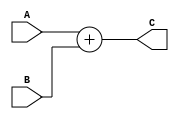
module Adder (input [31:0] A,
              B,
              output [31:0] C);
    assign C = A + B;
endmodule

module ALU(
    input   [31:0]  A,
    input   [31:0]  B,
    input   [3:0]   aluCtl,
    output  [31:0]  C,
    output zero
);
    parameter ADD = 4'b0000;
    parameter SUB = 4'b0010;
    parameter AND = 4'b0100;
    parameter OR  = 4'b0101;
    parameter XOR = 4'b0110;
    parameter SLT = 4'b1010;
    parameter MOVZ = 4'b1011;

    reg [31:0] result;

    always @(*) begin
        case (aluCtl)
            ADD: result = A + B;
            SUB: result = A - B;
            AND: result = A & B;
            OR:  result = A | B;
            XOR: result = A ^ B;
            SLT: result = A < B ? 1 : 0;
            MOVZ: if (B == 0) result = A;
        endcase
    end

    assign C = result;
    assign zero = result == 0 ? 1 : 0;
    
endmodule

module ALUCU(
    input [5:0] func,
    input [1:0] aluOp,
    output reg [3:0] aluCtl
);

always @(*)
    case (aluOp)
        2'b10:   aluCtl <= 4'b0000;
        2'b11:   aluCtl <= 4'b0010;
        default: 
            case (func[5])
                1'b0: aluCtl <= 4'b1011;
                default: aluCtl <= func[3:0];
            endcase
    endcase
endmodule

module Conc (
    input [31:0] nextPC,
    input [25:0] inputAddr,
    output [31:0] jumpAddr
);
    assign jumpAddr = {nextPC[31:26], inputAddr[25:0]};
endmodule

module CU(input [5:0] opcode,
          output branch,
          output jump,
          output regWre,      // write on register file.
          output aluSrc,      // where B input of ALU comes from:
          output dataSrc,     // where data comes from:
          output memRead,
          output memWrite,
          output writeReg,
          output [1:0] aluOp // 10: +, 11: -, default: due to func-code.
          );

    reg [9:0] controls;
    assign {regWre, aluSrc, branch, memRead, memWrite, dataSrc, jump, aluOp, writeReg} = controls;
    always @(*)
        case(opcode)
            // ALU Cal
            6'b000000: controls <= 10'b1000000000;
            // LW
            6'b100011: controls <= 10'b1101010101;
            // SW
            6'b101011: controls <= 10'b0100100101;
            // BEQ
            6'b000100: controls <= 10'b0010000110;
            // J
            6'b000010: controls <= 10'b0000001000;
            // default
            default:   controls <= 10'bxxxxxxxxxx;
        endcase
endmodule

module DataMem (
    input CLK,
    input [31:0] dataIn,
    input readMod,
    input writeMod,
    input [31:0] addr,
    output [31:0] dataOut
);
    reg [31:0] memory [0:255];
    assign dataOut = readMod ? memory[addr >> 2] : 32'bz;

    integer i;
    initial begin
        for (i = 0; i < 256; i = i + 1) begin
            memory[i]  <= i;
        end
    end

    always @(posedge CLK) begin
        if (writeMod) begin
            memory[addr >> 2] = dataIn;
        end
    end
    
endmodule

module EX (input [31:0] imm,
           d1,
           d2,
           input [3:0] mode,
           input [31:0] NPC,
           input [25:0] index,
           input aluSrc,
           output [31:0] jmpAddr,
           bAddr,
           result,
           output zero);
           
    wire [25:0] jmpAddrLefted;
    wire [31:0] B, bOffset;
    SHL2_26 shl_26(.inputData(index), .outputData(jmpAddrLefted));
    MUX mux(.A(d2), .B(imm), .Src(aluSrc), .S(B));
    SHL2 shl_2(.inputData(imm), .outputData(bOffset));
    Adder adder(.A(NPC), .B(bOffset), .C(bAddr));
    Conc conc(.nextPC(NPC), .inputAddr(jmpAddrLefted), .jumpAddr(jmpAddr));
    ALU alu(.A(d1), .B(B), .aluCtl(mode), .C(result), .zero(zero));

endmodule

module ID (input [31:0] IR,
           input CLK,
           input [31:0] writeData,
           input WE, write,
           input [1:0] aluOp,
           output [31:0] A,
           output [31:0] B,
           output [31:0] imm,
           output [5:0] opcode,
           output [3:0] mode,
           output [25:0] index,
           output [4:0] rfAddr);

    wire [31:0] in_A, in_B;
    wire [5:0] funcCode;
    wire [4:0] rs, rt, rd, writeReg;
    wire [15:0] offset;

    InstSlice instSlice(.inst(IR), .op(opcode), .rs(rs), .rt(rt), .rd(rd), .offset(offset), .instIndex(index), .funcCode(funcCode));
    RegFile regFile(.CLK(CLK), .readReg0(rs), .readReg1(rt), .writeReg(writeReg), .writeData(writeData), .WE(WE), .readData0(in_A), .readData1(in_B));
    SigExt sigExt(.inputData(offset), .outputData(imm));
    ALUCU aluCU(.func(funcCode), .aluOp(aluOp), .aluCtl(mode));
    MUX5 mux0(.A(rd), .B(rt), .Src(write), .S(writeReg));


    assign A = in_A;
    assign B = in_B;
    assign rfAddr = writeReg;

endmodule

module MUX5 (
    input [4:0] A, B,
    input Src,  // 0: A, 1: B;
    output [4:0] S
);
    assign S = (Src == 0) ? A : B;
endmodule

module IF (input CLK,
           input [31:0] inputPC,
           input reset,
           output [31:0] NPC,
           output [31:0] IR,
           output [31:0] outputPC);
    
    PC pc(.CLK(CLK), .reset(reset), .inputPC(inputPC), .outputPC(outputPC));
    PCAdder pcAdder(.PC(outputPC), .nextPC(NPC));
    InstMem instMem(.address(outputPC), .data(IR));

endmodule

module InstMem (
    input [31:0] address,
    output [31:0] data
);
    reg [31:0] memory [255:0];

    
    assign data = memory[address[31:2]];   
    
 
    initial begin
        memory[0] <= 32'h8c010004;
        memory[1] <= 32'h8c020008;
        memory[2] <= 32'h00221820;
        memory[3] <= 32'h00222022;
        memory[4] <= 32'h00222824;
        memory[5] <= 32'h00223025;
        memory[6] <= 32'h00223826;
        memory[7] <= 32'h0022402a;
        memory[8] <= 32'hac010008;
        memory[9] <= 32'hac020004;
        memory[10] <= 32'h10050002;
        memory[11] <= 32'hac010000;
        memory[12] <= 32'h08000000;
        memory[13] <= 32'h0800000f;
        memory[14] <= 32'hac010000;
        memory[15] <= 32'h8c000000;
        memory[16] <= 32'h00000000;
        memory[17] <= 32'h08000000;
    end
endmodule

module InstSlice (input [31:0] inst,
                  output [5:0] op,
                  output [4:0] rs,
                  output [4:0] rt,
                  output [4:0] rd,
                  output [15:0] offset,
                  output [25:0] instIndex,
                  output [5:0] funcCode);


    assign op        = inst[31:26];
    assign rs        = inst[25:21];
    assign rt        = inst[20:16];
    assign rd        = inst[15:11];
    assign offset    = inst[15:0];
    assign instIndex = inst[25:0];
    assign funcCode  = inst[5:0];

endmodule

module MEM (
    input [31:0] jAddr, bAddr, NPC, C, inData,
    input CLK, memR, memW, branch, jump, zero,
    output [31:0] nextPC, directData,
    output [31:0] LMD
);
    wire [31:0] midAddr, finalAddr;
    wire branchAndZero;

    MyAnd myand(.a(branch), .b(zero), .c(branchAndZero));
    DataMem dataMem(.CLK(CLK), .dataIn(inData), .readMod(memR), .writeMod(memW), .addr(C), .dataOut(LMD));
    MUX mux0(.A(NPC), .B(jAddr), .Src(jump), .S(midAddr));
    MUX mux1(.A(midAddr), .B(bAddr), .Src(branchAndZero), .S(finalAddr));

    assign nextPC = finalAddr;
    assign directData = C;
endmodule

module MUX (
    input [31:0] A, B,
    input Src,  // 0: A, 1: B;
    output [31:0] S
);
    assign S = (Src == 0) ? A : B;
endmodule

module MyAnd(
    input a,
    input b,
    output c
);
    assign c = a & b;
endmodule

module PC #(parameter width = 32)
           (input CLK,
            input reset,
            input [width-1:0] inputPC,
            output reg [width-1:0] outputPC);

    always @(posedge CLK) begin
        if (!reset)  begin
            outputPC <= 0;
        end
        else        outputPC <= inputPC;
    end
endmodule

module PCAdder (input [31:0] PC,
                output [31:0] nextPC);
                
    assign nextPC = PC + 32'd4;

endmodule

module RegFile(input CLK,
               input [4:0] readReg0,
               input [4:0] readReg1,
               input [31:0] writeData,
               input [4:0] writeReg,
               input WE,
               output [31:0] readData0,
               output [31:0] readData1);
    
    reg [31:0] regFile[31:0];
    
    integer i;
    initial begin
        for (i = 0; i < 32; i = i + 1) begin
            regFile[i] <= 0;
        end
    end
    
    always @(posedge CLK) begin
        if (WE) regFile[writeReg] = writeData;
    end
    
    assign readData0 = regFile[readReg0];
    assign readData1 = regFile[readReg1];
    
endmodule

module SHL2_26 (
    input [25:0] inputData,
    output [25:0] outputData
);
assign outputData = {inputData[23:0], 2'b00};
endmodule

module SHL2 (
    input [31:0] inputData,
    output [31:0] outputData
);
assign outputData = {inputData[29:0], 2'b00};
endmodule

module SigExt(
    input [15:0] inputData,
    output [31:0] outputData
);
    assign outputData = {(inputData[15] == 1) ? 16'hffff : 16'h0000, inputData};
endmodule

module WB (
    input [31:0] LMD, aluData,
    input dataSrc,
    output [31:0] writeData
);
    MUX mux(.A(aluData), .B(LMD), .Src(dataSrc), .S(writeData));
endmodule